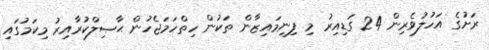
ރަށުގެ އަހުލުވެރިން 24 ގަޑިއިރު މި ފިނިމައިޒާން ތަކުން ހިތްހަމަޖެހުން ޙާޞިލްކުރާއިރު މިކަމުގައި